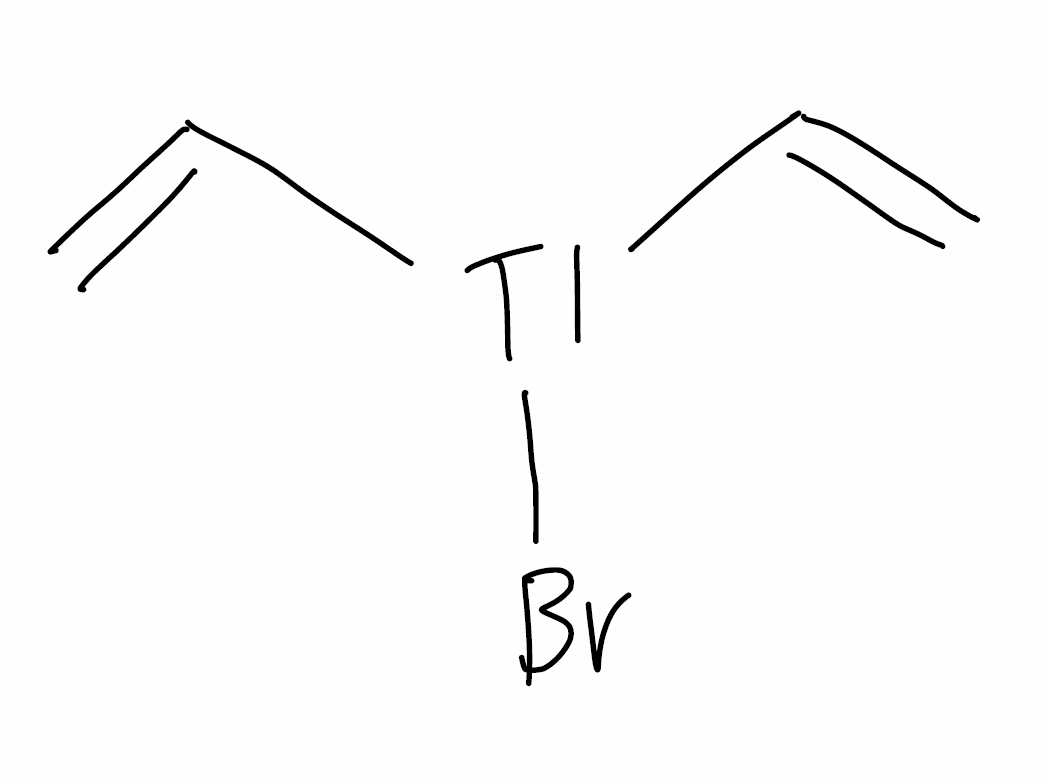
Simplified molecular-input line-entry system (SMILES) notation of the given molecule:
C=C[Tl](C=C)Br